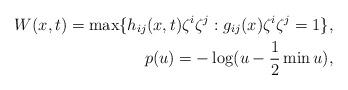
LaTeX: \begin{align*}W(x,t)=\max\{h_{ij}(x,t)\zeta^i\zeta^j: g_{ij}(x)\zeta^i\zeta^j=1\},\\p(u)=-\log(u-\frac{1}{2}\min u),\end{align*}